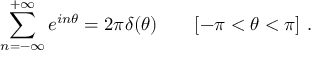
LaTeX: \sum _ { n = - \infty } ^ { + \infty } e ^ { i n \theta } = 2 \pi \delta ( \theta ) \qquad [ - \pi < \theta < \pi ] \ .